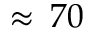
\approx \, 7 0